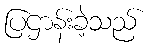
ပြဌာန်းခဲ့သည်